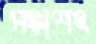
পঞ্চাশৎ